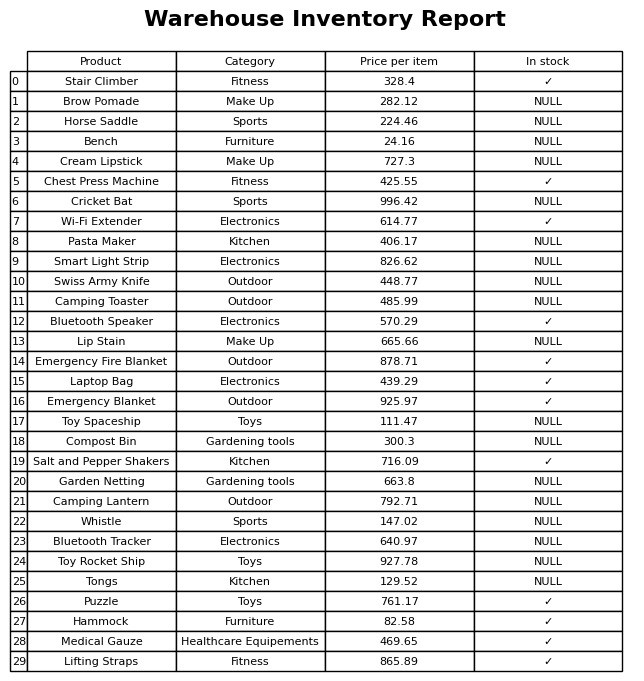
question: Which products are currently out of stock?
answer: Brow Pomade, Horse Saddle, Bench, Cream Lipstick, Cricket Bat, Pasta Maker, Smart Light Strip, Swiss Army Knife, Camping Toaster, Lip Stain, Toy Spaceship, Compost Bin, Garden Netting, Camping Lantern, Whistle, Bluetooth Tracker, Toy Rocket Ship, Tongs